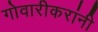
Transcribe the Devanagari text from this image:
गोवारीकरांनी